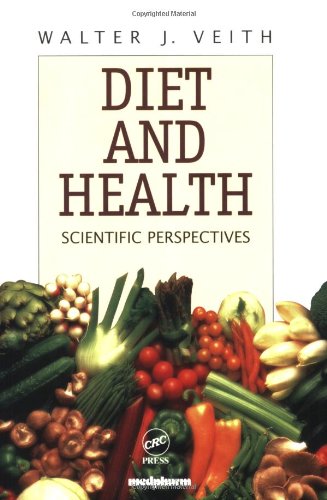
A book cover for Diet and Health: Scientific Perspectives; Medical Books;